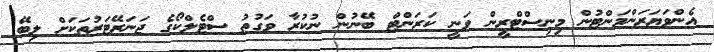
އެންވަޔަރަންމަންޓުން މިނިސްޓްރީން ވަނީ ކަރަންޓް ބޭނުން ނުކުރާ ވަގުތު ސްޓެލްކޯގެ ޖަނަރޭޓަރުތަކަށް ލިބޭ